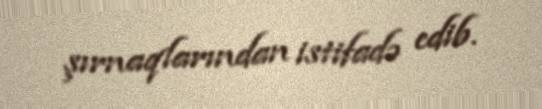
şırnaqlarından istifadə edib.